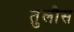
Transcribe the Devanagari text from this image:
तुलौस